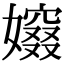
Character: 𡢷